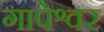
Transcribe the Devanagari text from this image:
गापेश्वर